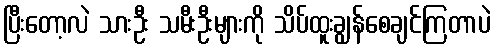
ပြီးတော့လဲ သားဦး သမီးဦးများကို သိပ်ထူးချွန်စေချင်ကြတာပဲ